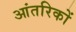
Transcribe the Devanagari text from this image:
आंतरिकों